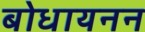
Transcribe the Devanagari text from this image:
बोधायनन